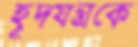
হূদযন্ত্রকে